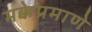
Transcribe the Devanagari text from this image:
मक्केप्रमाणे